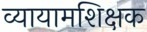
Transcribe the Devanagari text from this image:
व्यायामशिक्षक